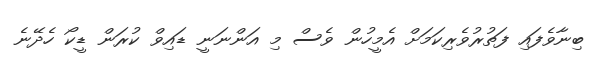
ބިނާވެފައި ފަތުރުވެރިކަމަށް އެމީހުން ވެސް މި އަންނަނީ ޑައިވް ކުރަން ޑީކޯ ހެދޭނެ